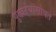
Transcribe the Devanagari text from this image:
पुढाऱ्यांसोबत